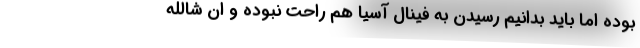
بوده اما باید بدانیم رسیدن به فینال آسیا هم راحت نبوده و ان شالله